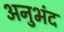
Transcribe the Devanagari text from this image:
अनुभंद